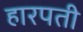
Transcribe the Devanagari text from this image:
हारपती